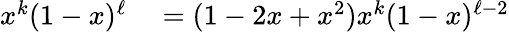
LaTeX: \begin{array}{rl}{x^{k}(1-x)^{\ell}}&{{}=(1-2x+x^{2})x^{k}(1-x)^{\ell-2}}\end{array}